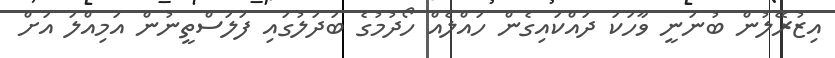
އިޒުރޭލުން ބުނަނީ ވާހަކަ ދައްކައިގެން ހައްލެއް ހޯދުމުގެ ބަދަލުގައި ފަލަސްތީނުން އަމިއްލަ އަށް